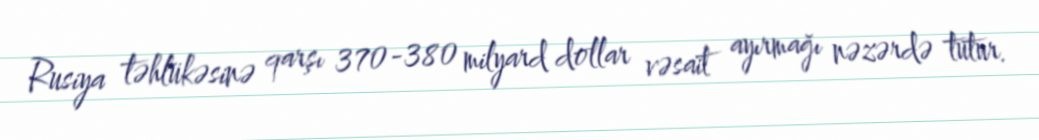
Rusiya təhlükəsinə qarşı 370-380 milyard dollar vəsait ayırmağı nəzərdə tutur.